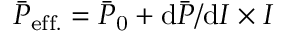
\bar { P } _ { \mathrm { e f f . } } = \bar { P } _ { \mathrm { 0 } } + \mathrm { d } \bar { P } / \mathrm { d } I \times I